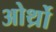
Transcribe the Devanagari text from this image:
ओर्थ्रो